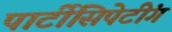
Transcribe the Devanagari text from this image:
पार्टीसिपेटींग